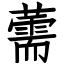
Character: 薷